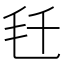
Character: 𬆼